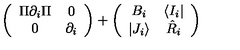
\left( \begin{array} { c c } { \Pi \partial _ { i } \Pi } & { 0 } \\ { 0 } & { \partial _ { i } } \\ \end{array} \right) + \left( \begin{array} { c c } { B _ { i } } & { \langle I _ { i } | } \\ { | J _ { i } \rangle } & { \hat { R } _ { i } } \\ \end{array} \right)